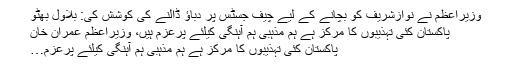
وزیراعظم نے نوازشریف کو بچانے کے لیے چیف جسٹس پر دباؤ ڈالنے کی کوشش کی: بلاول بھٹو
پاکستان کئی تہذیبوں کا مرکز ہے ہم مذہبی ہم آہنگی کیلئے پرعزم ہیں، وزیراعظم عمران خان
پاکستان کئی تہذیبوں کا مرکز ہے ہم مذہبی ہم آہنگی کیلئے پرعزم…